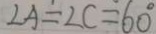
\angle A = \angle C = 6 0 ^ { \circ }